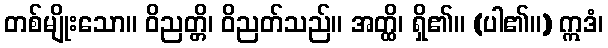
တစ်မျိုးသော။ ဝိညတ္တိ၊ ဝိညတ်သည်။ အတ္ထိ၊ ရှိ၏။ (ပါ၏။) ဣဒံ၊